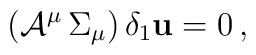
\left({\cal A}^{\mu} \, \Sigma_{\mu} \right) \delta_1 {\bf u} =0 \, ,